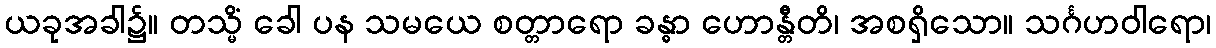
ယခုအခါ၌။ တသ္မိံ ခေါ ပန သမယေ စတ္တာရော ခန္ဓာ ဟောန္တီတိ၊ အစရှိသော။ သင်္ဂဟဝါရော၊